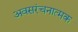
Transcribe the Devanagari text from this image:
अवसरंचनात्मक